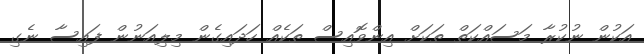
އަކުން ނުކުރާ މަސައްކަތް ތަކަށް އިންވޮއިސް ތަކެއް ހަދައިގެން މިލިއަނުން ފައިސާ ނެގި